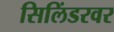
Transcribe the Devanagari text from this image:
सिलिंडरवर